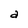
Character: a